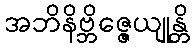
အဘိနိဗ္ဘိဇ္ဇေယျုန္တိ